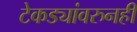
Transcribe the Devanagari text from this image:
टेकड्यांवरुनही